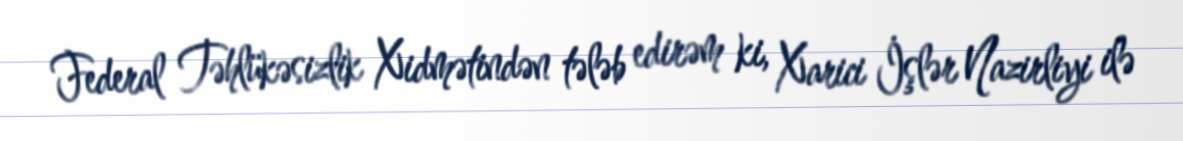
Federal Təhlükəsizlik Xidmətindən tələb edirəm ki, Xarici İşlər Nazirliyi ilə